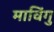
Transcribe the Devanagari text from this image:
माविंगु